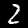
Label: 2